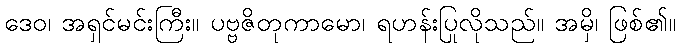
ဒေဝ၊ အရှင်မင်းကြီး။ ပဗ္ဗဇိတုကာမော၊ ရဟန်းပြုလိုသည်။ အမှိ၊ ဖြစ်၏။